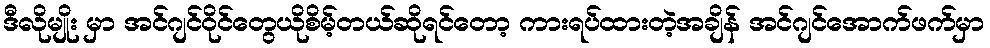
ဒီလိုမျိုး မှာ အင်ဂျင်ဝိုင်တွေယိုစိမ့်တယ်ဆိုရင်တော့ ကားရပ်ထားတဲ့အချိန် အင်ဂျင်အောက်ဖက်မှာ